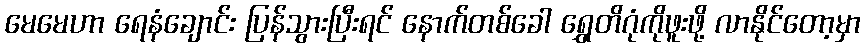
မေမေဟာ ရေနံချောင်း ပြန်သွားပြီးရင် နောက်တစ်ခေါ ရွှေတိဂုံကိုဖူးဖို့ လာနိုင်တော့မှာ